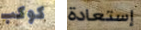
كوكب إستعادة